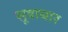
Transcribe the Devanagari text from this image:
सूत्राघार